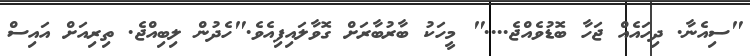
"ސިއެނާ. ދިހައެއް ޖަހާ ބޮޑުވެއްޖެ...." މީހަކު ބާރުބާރަށް ގޮވާލައިފިއެވެ."ހެދުން ލިބިއްޖެ. ތިރިއަށް އައިސް